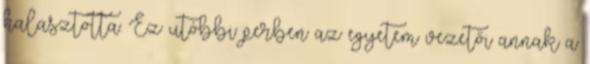
halasztotta. Ez utóbbi perben az egyetem vezetői annak a